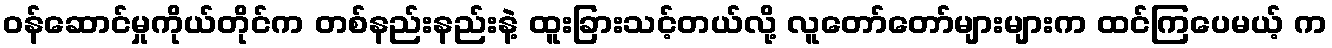
ဝန်ဆောင်မှုကိုယ်တိုင်က တစ်နည်းနည်းနဲ့ ထူးခြားသင့်တယ်လို့ လူတော်တော်များများက ထင်ကြပေမယ့် က